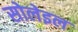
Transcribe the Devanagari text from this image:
सोलेइल